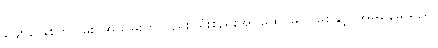
ဖျော်ဖြေစိတ်ငြိမ်း၊ အသိမ်းကိုလည်း၊ ရုံးစည်းအုပ်ထွေ၊ မပိုင်စေနှင့်၊ အိမ်နေမယ်ညို၊